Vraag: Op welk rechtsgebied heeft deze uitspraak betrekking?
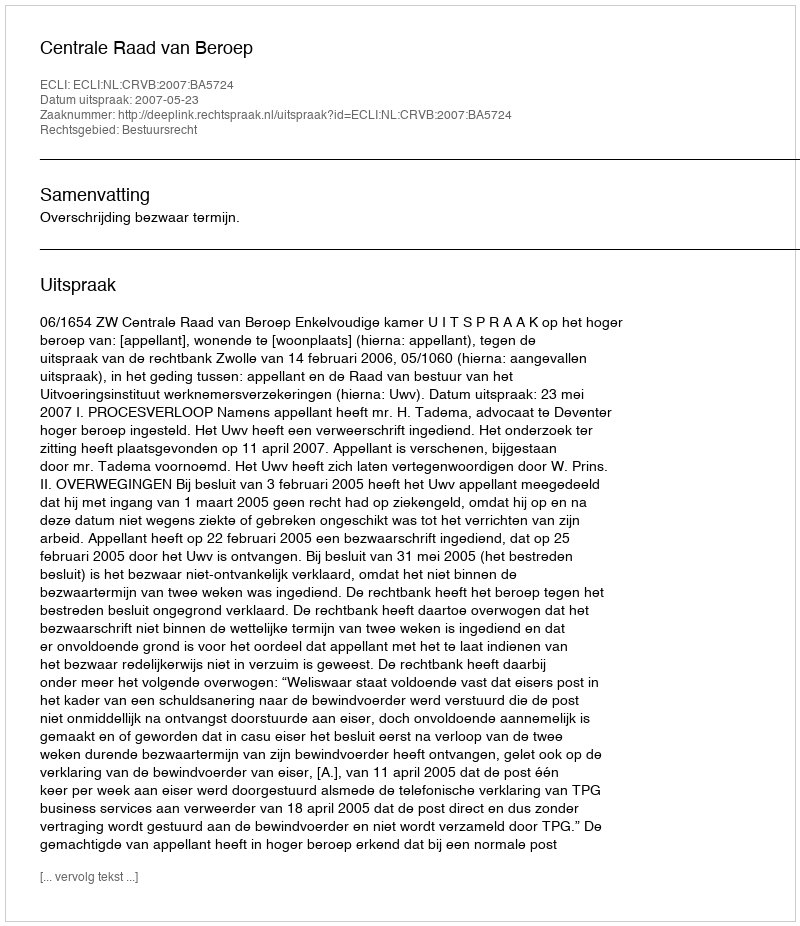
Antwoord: Bestuursrecht